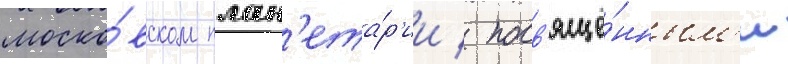
моско́вском план'ета́р'ии / посв'ящё́нным'и